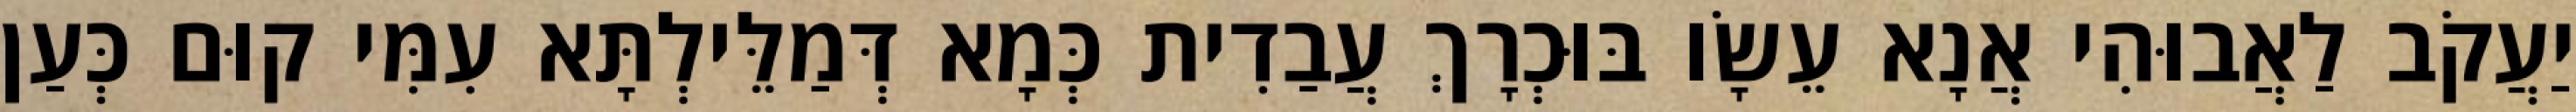
יַעֲקֹב לַאֲבוּהִי אֲנָא עֵשָׂו בּוּכְרָךְ עֲבַדִית כְּמָא דְּמַלֵּילְתָּא עִמִּי קוּם כְּעַן